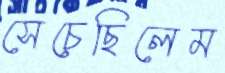
সেচেছিলেম